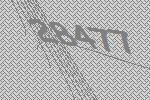
28477